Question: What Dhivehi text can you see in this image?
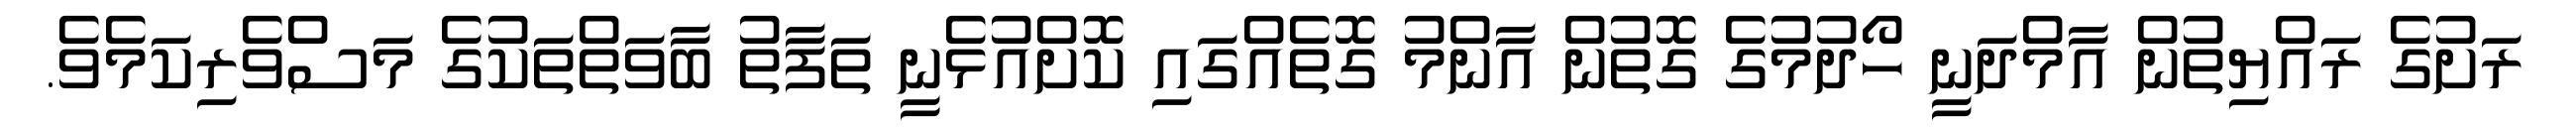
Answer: ރަށުގެ ރައްޔިތުން އާމްދަނީ ހޯދުމުގެ ގޮތުން އާންމު ގޮތެއްގައި ކޮށްއުޅެނީ ތަފާތު ބާވަތްތަކުގެ މަސްވެރިކަމެވެ.